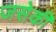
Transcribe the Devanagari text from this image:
जसेकी